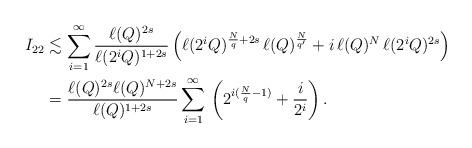
LaTeX: \begin{align*}I_{22}&\lesssim\sum_{i=1}^\infty \frac{\ell(Q)^{2s}}{\ell(2^iQ)^{1+2s}}\,\Big(\ell(2^iQ)^{\frac Nq+ 2s}\,\ell(Q)^{\frac N{q'}} + i\,\ell(Q)^N\,\ell(2^iQ)^{2s}\Big)\\&=\frac{\ell(Q)^{2s}\ell(Q)^{N+2s}}{\ell(Q)^{1+2s}}\sum_{i=1}^\infty \,\left(2^{i(\frac Nq-1)}+\frac i{2^i}\right).\end{align*}